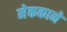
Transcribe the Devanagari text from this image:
मेककाने